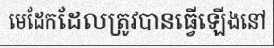
មេដែកដែលត្រូវបានធ្វើឡើងនៅ